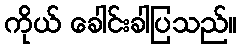
ကိုယ် ခေါင်းခါပြသည်။